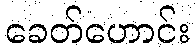
ခေတ်ဟောင်း